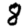
Digit: 8